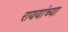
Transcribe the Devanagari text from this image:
राययांच्या